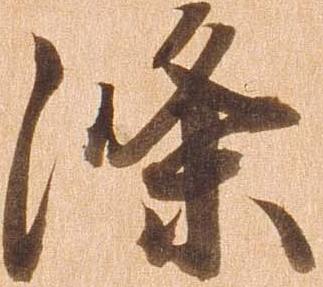
条